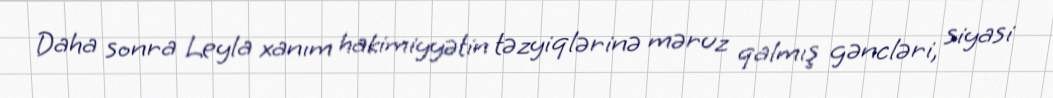
Daha sonra Leyla xanım hakimiyyətin təzyiqlərinə məruz qalmış gəncləri, siyasi